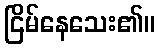
ငြိမ်နေသေး၏။